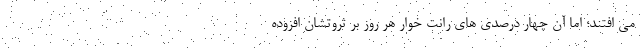
می افتند؛ اما آن چهار درصدی های رانت خوار هر روز بر ثروتشان افزوده